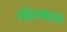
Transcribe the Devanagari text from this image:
मोहम्मदाने